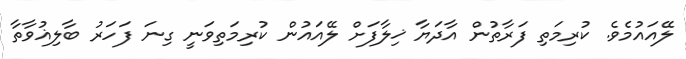
ލޭއައުމެވެ. ކުރިމަތި ފަރާތުން އާދަޔާ ޚިލާފަށް ލޭއައުން ކުރިމަތިވަނީ ގިނަ ފަހަރު ބާލިޣުވާތާ